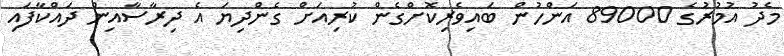
މެދު އުމުރުގެ 89000 އަންހުން ބައިވެރިކޮށްގެން ކުރިއަށް ގެންދިޔަ އެ ދިރާސާއިން ދައްކާފައި